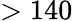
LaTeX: >140